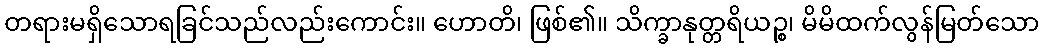
တရားမရှိသောရခြင်သည်လည်းကောင်း။ ဟောတိ၊ ဖြစ်၏။ သိက္ခာနုတ္တရိယဉ္စ၊ မိမိထက်လွန်မြတ်သော